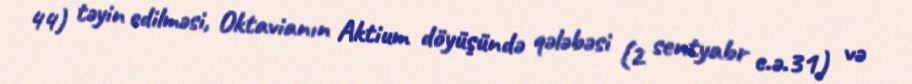
44) təyin edilməsi, Oktavianın Aktium döyüşündə qələbəsi (2 sentyabr e.ə.31) və